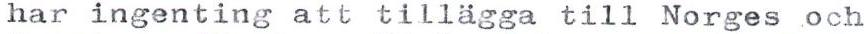
har ingenting att tillägga till Norges och